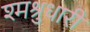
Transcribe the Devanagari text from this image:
श्मश्रुधारी